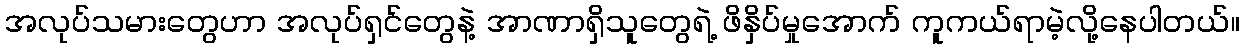
အလုပ်သမားတွေဟာ အလုပ်ရှင်တွေနဲ့ အာဏာရှိသူတွေရဲ့ ဖိနှိပ်မှုအောက် ကူကယ်ရာမဲ့လို့နေပါတယ်။